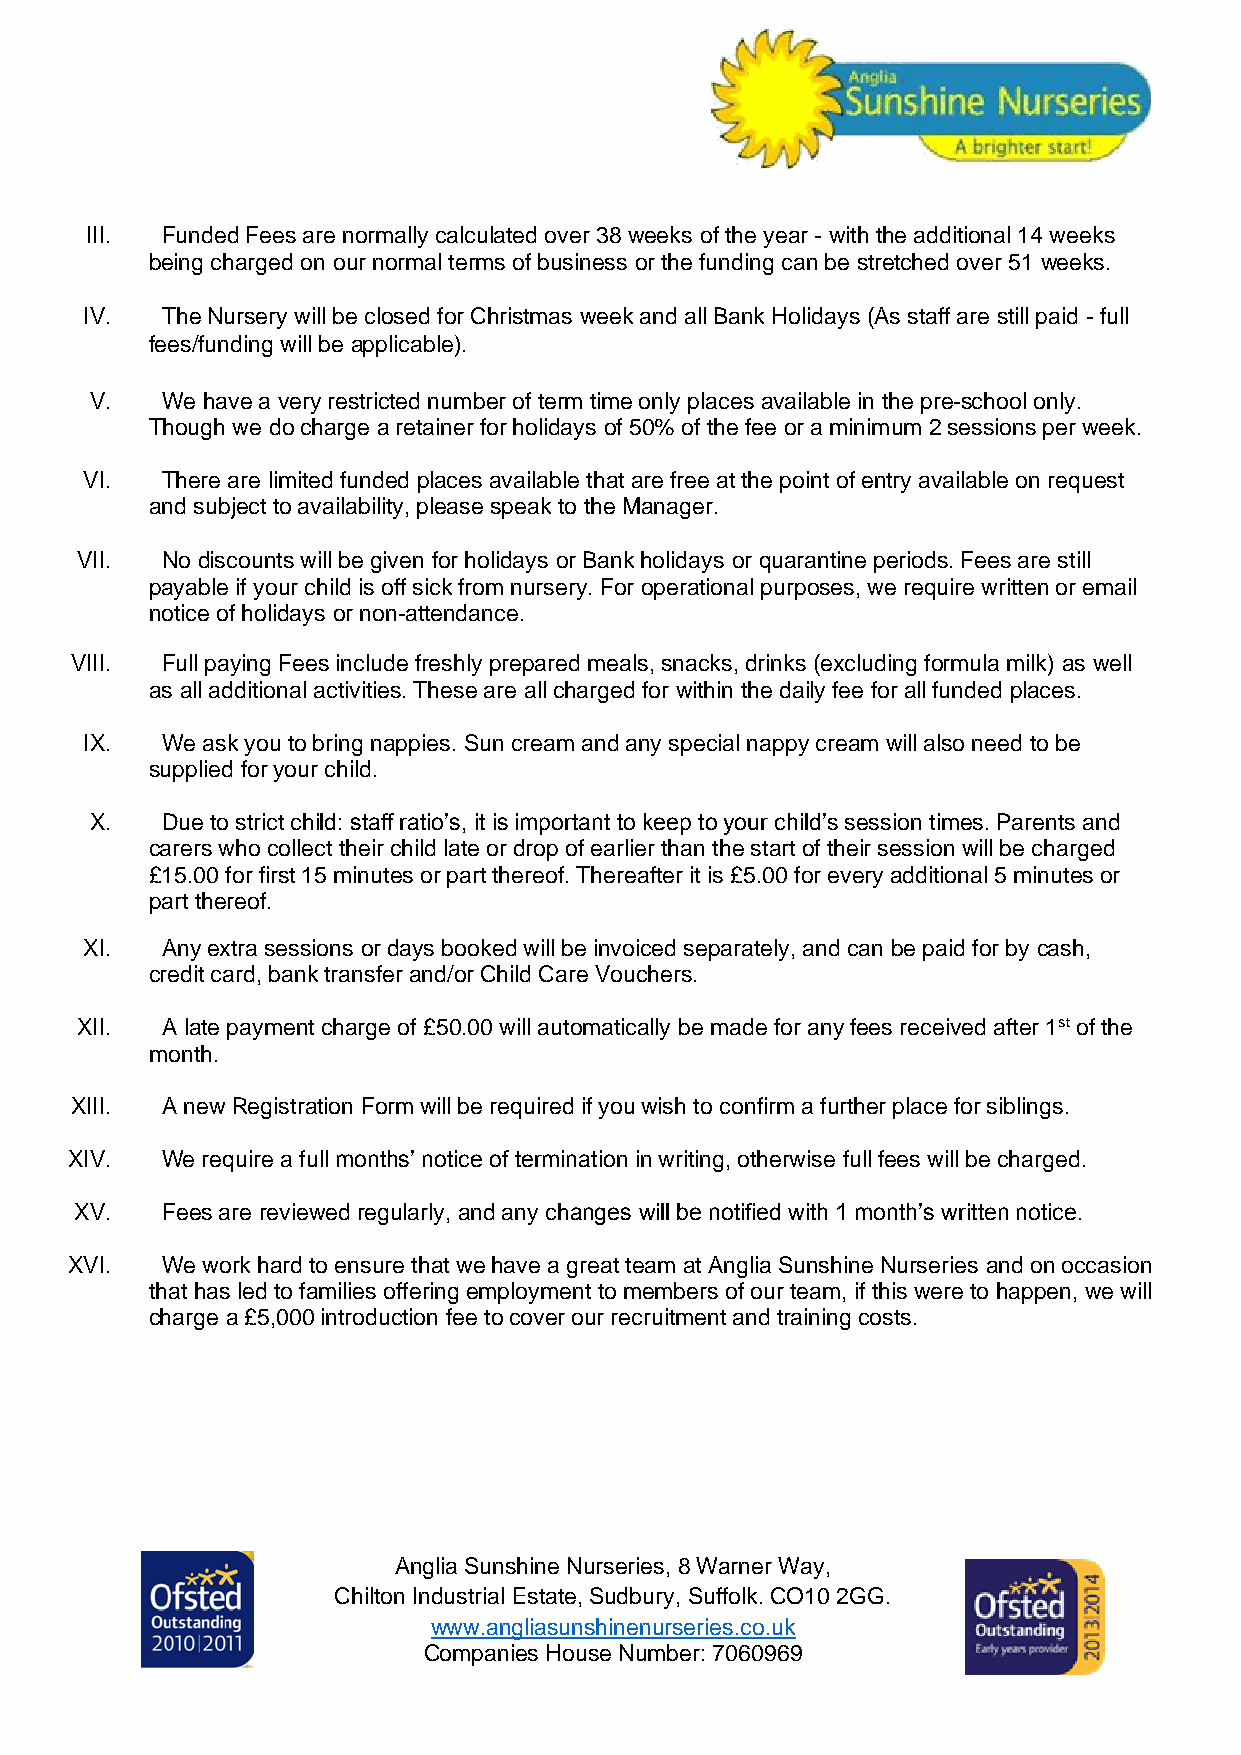
III. Funded Fees are normally calculated over 38 weeks of the year - with the additional 14 weeks
 being charged on our normal terms of business or the funding can be stretched over 51 weeks.
 IV.  The Nursery will be closed for Christmas week and all Bank Holidays (As staff are still paid - full
 fees/funding will be applicable).
 V.   We have a very restricted number of term time only places available in the pre-school only.
 Though we do charge a retainer for holidays of 50% of the fee or a minimum 2 sessions per week.
 VI.  There are limited funded places available that are free at the point of entry available on request
 and subject to availability, please speak to the Manager.
 VII.  No discounts will be given for holidays or Bank holidays or quarantine periods. Fees are still
 payable if your child is off sick from nursery. For operational purposes, we require written or email
 notice of holidays or non-attendance.
 VIII. Full paying Fees include freshly prepared meals, snacks, drinks (excluding formula milk) as well
 as all additional activities. These are all charged for within the daily fee for all funded places.
 IX.  We ask you to bring nappies. Sun cream and any special nappy cream will also need to be
 supplied for your child.
 X.   Due to strict child: staff ratio’s, it is important to keep to your child’s session times. Parents and
 carers who collect their child late or drop of earlier than the start of their session will be charged
 £15.00 for first 15 minutes or part thereof. Thereafter it is £5.00 for every additional 5 minutes or
 part thereof.
 XI.  Any extra sessions or days booked will be invoiced separately, and can be paid for by cash,
 credit card, bank transfer and/or Child Care Vouchers.
 XII.  A late payment charge of £50.00 will automatically be made for any fees received after 1st of the
 month.
 XIII. A new Registration Form will be required if you wish to confirm a further place for siblings.
 XIV.  We require a full months’ notice of termination in writing, otherwise full fees will be charged.
 XV.   Fees are reviewed regularly, and any changes will be notified with 1 month’s written notice.
 XVI.  We work hard to ensure that we have a great team at Anglia Sunshine Nurseries and on occasion
 that has led to families offering employment to members of our team, if this were to happen, we will
 charge a £5,000 introduction fee to cover our recruitment and training costs.
 Anglia Sunshine Nurseries, 8 Warner Way,
 Chilton Industrial Estate, Sudbury, Suffolk. CO10 2GG.
 www.angliasunshinenurseries.co.uk
 Companies House Number: 7060969